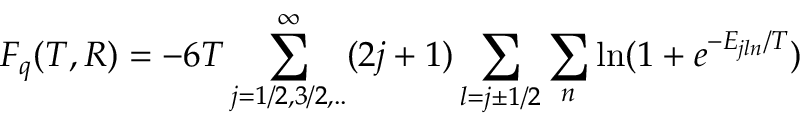
F _ { q } ( T , R ) = - 6 T \sum _ { j = 1 / 2 , 3 / 2 , . . } ^ { \infty } ( 2 j + 1 ) \sum _ { l = j \pm 1 / 2 } \sum _ { n } \ln ( 1 + e ^ { - E _ { j l n } / T } )